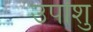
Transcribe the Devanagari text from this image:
उपांशु